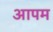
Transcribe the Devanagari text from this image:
आपम